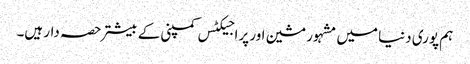
ہم پوری دنیا میں مشہور مشین اور پراجیکٹس کمپنی کے بیشتر حصہ دار ہیں۔